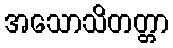
အသောသိတတ္တာ